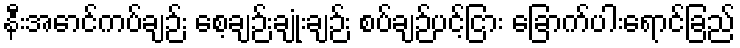
နီးအောင်ကပ်ချဉ်း စေ့ချဉ်းချုံးချဉ်း စပ်ချဉ်ပင့်ငြား ခြောက်ပါးရောင်ခြည်